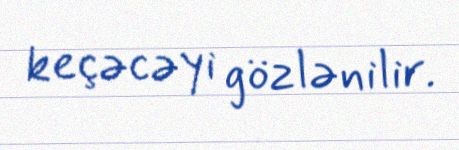
keçəcəyi gözlənilir.